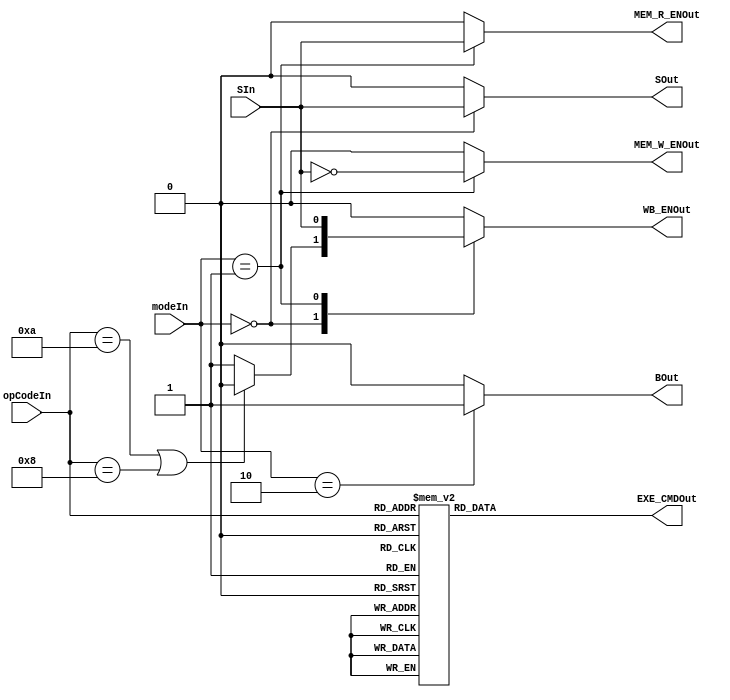
module ControlUnit(modeIn, opCodeIn, SIn, EXE_CMDOut, SOut, BOut, 
                   MEM_W_ENOut, MEM_R_ENOut, WB_ENOut); 

    input [1:0] modeIn;
    input [3:0] opCodeIn;
    input SIn;

    output reg [3:0] EXE_CMDOut;
    output reg MEM_R_ENOut, MEM_W_ENOut;
    output reg WB_ENOut, BOut, SOut;

    always @(modeIn, opCodeIn, SIn) begin
        EXE_CMDOut = 4'd0;
        {MEM_R_ENOut, MEM_W_ENOut} = 2'd0;
        {WB_ENOut, BOut, SOut} = 3'd0;

        case (opCodeIn)
            4'b1101: EXE_CMDOut = 4'b0001; // MOV
            4'b1111: EXE_CMDOut = 4'b1001; // MVN
            4'b0100: EXE_CMDOut = 4'b0010; // ADD, LDR, STR
            4'b0101: EXE_CMDOut = 4'b0011; // ADC
            4'b0010: EXE_CMDOut = 4'b0100; // SUB
            4'b0110: EXE_CMDOut = 4'b0101; // SBC
            4'b0000: EXE_CMDOut = 4'b0110; // AND
            4'b1100: EXE_CMDOut = 4'b0111; // ORR
            4'b0001: EXE_CMDOut = 4'b1000; // EOR
            4'b1010: EXE_CMDOut = 4'b0100; // CMP
            4'b1000: EXE_CMDOut = 4'b0110; // TST
            default: EXE_CMDOut = 4'b0001;
        endcase

        case (modeIn)
            2'b00: begin
                SOut = SIn; // no write-back for CMP and TST
                WB_ENOut = (opCodeIn == 4'b1010 || opCodeIn == 4'b1000) ? 1'b0 : 1'b1;
            end

            2'b01: begin
                WB_ENOut = SIn;
                MEM_R_ENOut = SIn;
                MEM_W_ENOut = ~SIn;
            end

            2'b10: 
                BOut = 1'b1;
            
        endcase
    end
    
endmodule